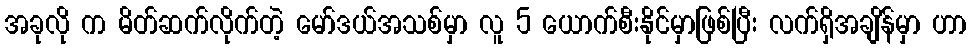
အခုလို က မိတ်ဆက်လိုက်တဲ့ မော်ဒယ်အသစ်မှာ လူ 5 ယောက်စီးနိုင်မှာဖြစ်ပြီး လက်ရှိအချိန်မှာ ဟာ